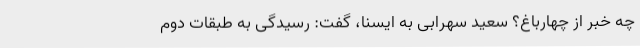
چه خبر از چهارباغ؟ سعید سهرابی به ایسنا، گفت: رسیدگی به طبقات دوم